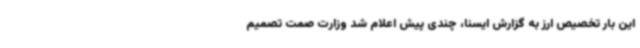
این بار تخصیص ارز به گزارش ایسنا، چندی پیش اعلام شد وزارت صمت تصمیم